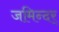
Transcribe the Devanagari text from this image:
जमिन्दर्